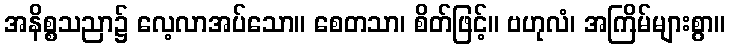
အနိစ္စသညာ၌ လေ့လာအပ်သော။ စေတသာ၊ စိတ်ဖြင့်။ ဗဟုလံ၊ အကြိမ်များစွာ။